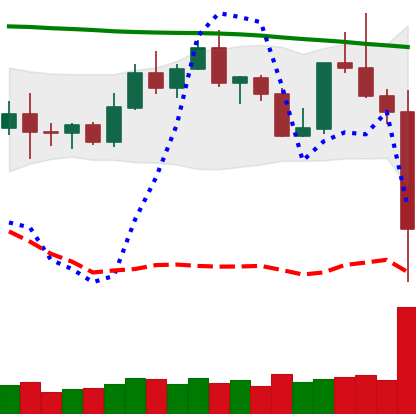
Ticker: TRX-USD
Chart end date: 2022-11-08
Forward return: -13.396%
Label: down_7plus